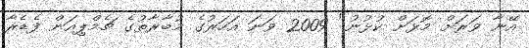
އޭނާ ވަރަށް މޮޅަށް ކުޅުނު" 2009 ވަނަ އަހަރުގެ މުބާރާތުގެ ޗެމްޕިއަން ފެޑެރާ